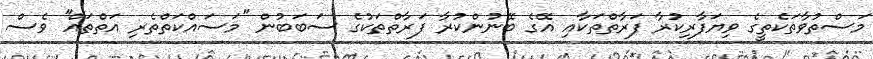
މަސްތުވާތަކެތީގެ ވިޔަފާރިކުރާ ފަރާތްތަކާއި އޭގެ ބޭނުންކުރާ ފަރާތްތަކުގެ ސަބަބުން ''މަސައްކަތްތެރި އަތްތައް'' ވެސް